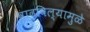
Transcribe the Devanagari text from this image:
वाढविल्यामुळे